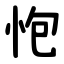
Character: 怉